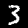
Digit: 3